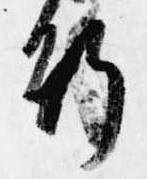
行